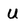
Character: U